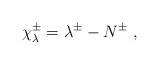
\begin{align*}{\chi}_{\lambda}^{\pm}=\lambda^{\pm}-N^{\pm}~,\end{align*}